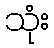
သုံး